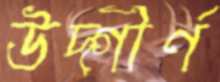
উদ্গীর্ণ